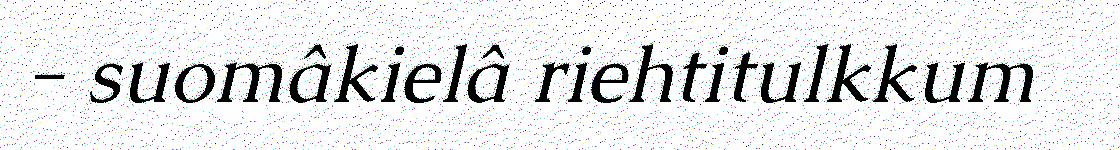
- suomâkielâ riehtitulkkum